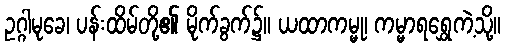
ဥဂ္ဂါမုခေ၊ ပန်းထိမ်တို့၏ မိုက်ခွက်၌။ ယထာကမ္မု၊ ကမ္မာရရွှေကဲ့သို့။